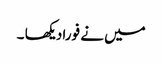
میں نے فورا دیکھا ۔